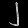
Digit: ၂